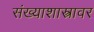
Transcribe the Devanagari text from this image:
संख्याशास्त्रावर